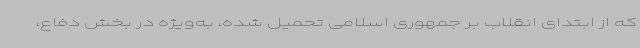
که از ابتدای انقلاب بر جمهوری اسلامی تحمیل شده، به‌ویژه در بخش دفاع،